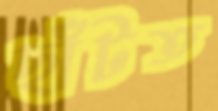
ছাঁটত